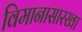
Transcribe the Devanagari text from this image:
विमानासारखा